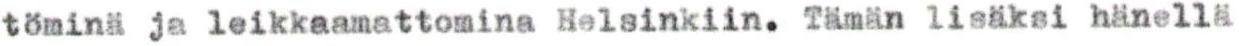
töminä ja leikkaamattomina Helsinkiin. Tämän lisäksi hänellä